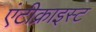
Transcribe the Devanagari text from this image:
एंटीक्राइस्ट